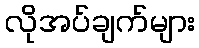
လိုအပ်ချက်များ